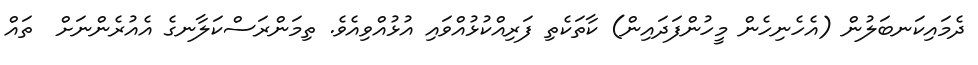
ދެމައިކަނބަލުން (އެހެނިހެން މީހުންފަދައިން) ކާތަކެތި ފަރިއްކުޅުއްވައި އުޅުއްވިއެވެ. ތިމަންރަސްކަލާނގެ އެއުރެންނަށް  ތައް